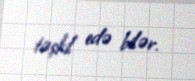
təşkil edə bilər.